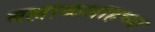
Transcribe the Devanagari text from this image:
बल्लाळशाहच्या